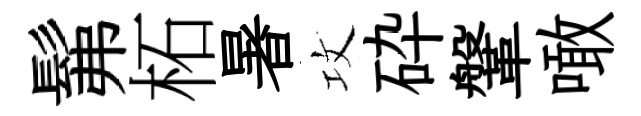
髴柘暑攻砕鞶噉